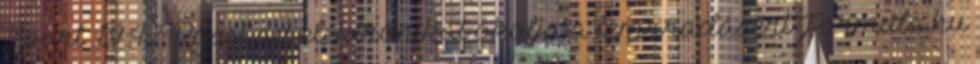
Sport 19:42 Rossi az elektronikát okolja a lemaradásért Formula.hu